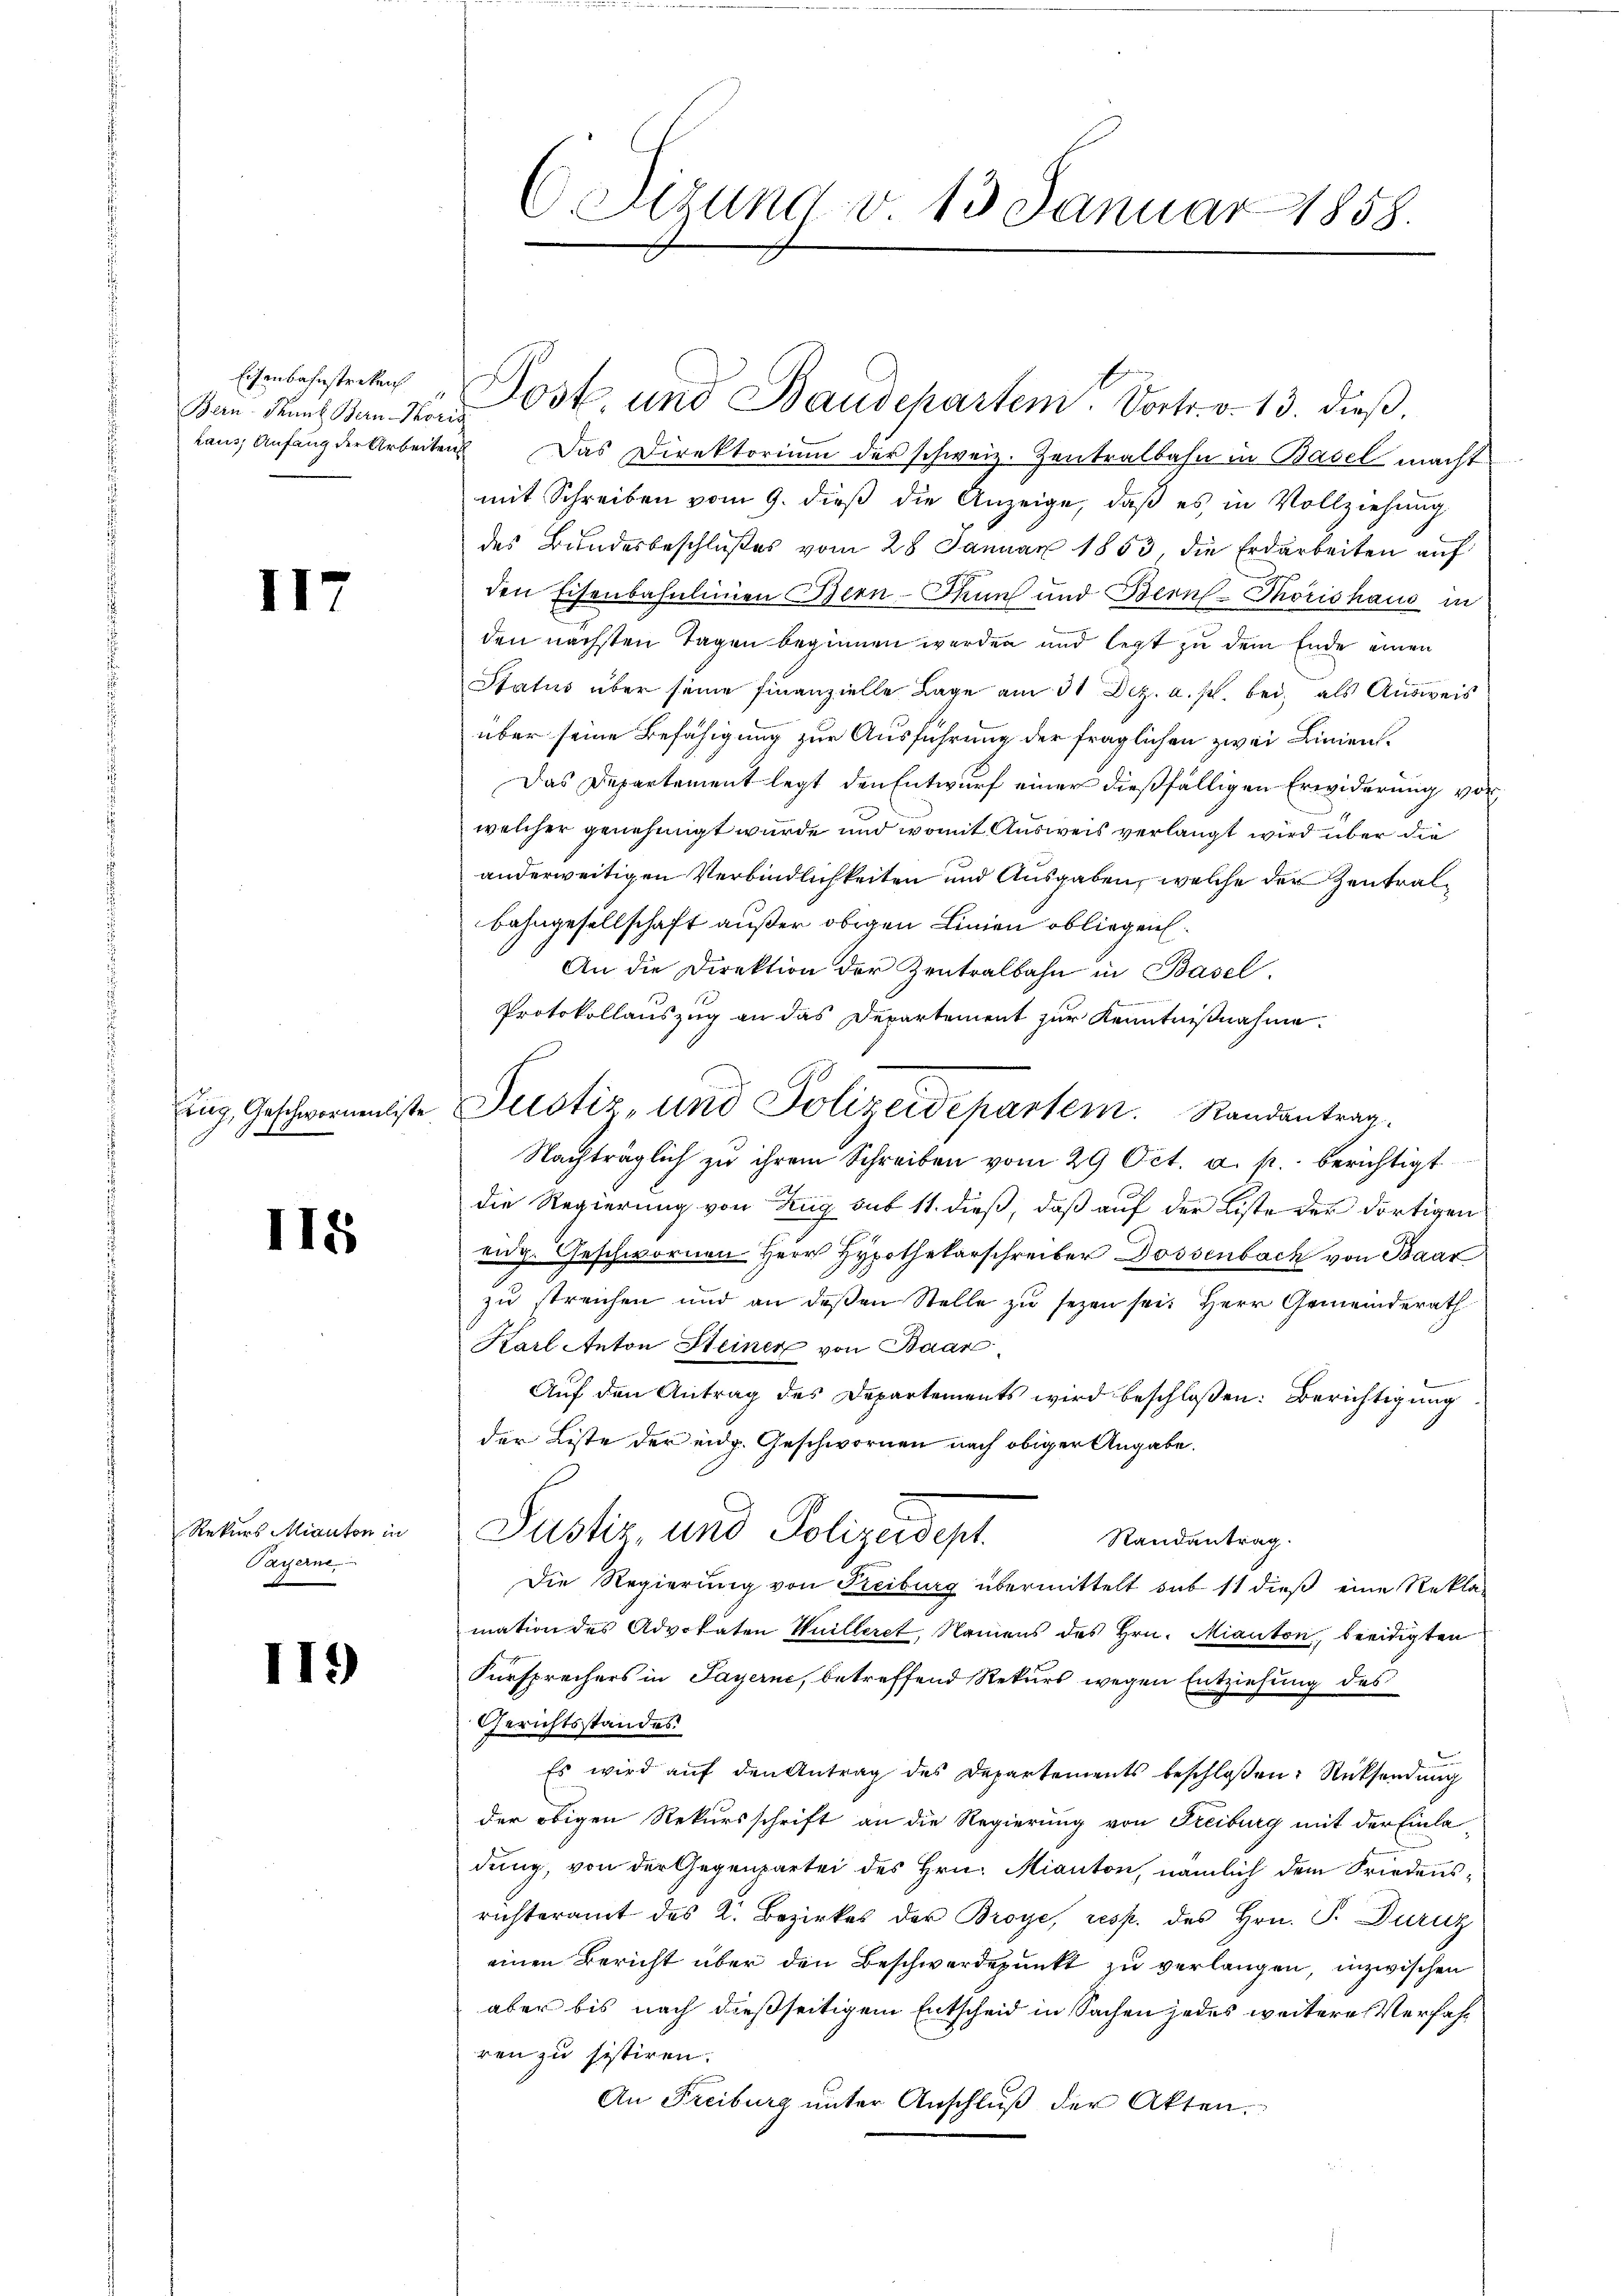
Eisenbahnstreken
Bern-Paunt Bern-Korr
laus, Anfang der Arbeiten

II7

15

II8

Rekurs Mianton in
Payerne
d

II9)

C. dirung d. 13 Januar 1858.

Post und Baudepartem Vortr. v. 13. dieß.

Zug, Geschwornaliste Justiz, und Polizeidepartem Randantrag.

u Das Direktorium der schweiz. Zentralbahn in Basel macht
mit Schreiben vom 9. dieß die Anzeige, daß es in Vollziehung
des Bundesbeschlußes vom 28 Januar 1853, die Erdarbeiten auf
den Eisenbahnlinien Bern-Punf und Bern Thorishaus in
den nächsten Tagen beginnen werden und letzt zu dem Ende einen
Status über seine finanzielle Lage am 31 Dez. a. p. bei, als Ausweis
über seine Befähigung zur Ausführung der fraglichen zwei Linien¬
Das Departement legt den Entwurf einer dießfälligen Erwiderung vorwelcher genehmigt wurde und womit Ausweis verlangt wird über die
anderweitigen Verbindlichkeiten und Ausgaben, welche der Zentralbahngesellschaft außer obigen Linien obliegen¬
An die Direktion der Zentralbahn in Basel.
Protokollauszug an das Departement zur Kenntnißnahme.
Nachträglich zu ihrem Schreiben vom 29 Oct. a. p. berichtigt
die Regierung von Zug sub 11. dieß, daß auf der Liste der dortigen
eidg. Geschwornen Herr Hypothekarschreiber Dossenbach von Baar
zu treichen und an deßen Stelle zu sezen sei. Herr Gemeinderath
Karl Anton Steiner von Baar

Auf den Antrag des Departements wird beschloßen: Berichtigung
der Liste der eidg. Geschwornen nach obiger Angabe.
Pustiz, und Polizeisept
Randantrag.
Die Regierung von Freiburg übermittelt sub 11 dieß eine Rekla-
mation des Advokaten Wuilleret, Namens des Hrn. Mianton, beeidigten
Fürsprechers in Payerne, betreffend Rekurs wegen Entziehung des
Gerichtsstandes
Es wird auf den Antrag des Departements beschloßen: Rücksendung
der obigen Rekursschrift an die Regierung von Freiburg mit der Einla-
dung, von der Gegenpartei des Hrn. Mianton, nämlich dem Friedensrichteramt des K. Bezirkes der Broye, resp. des Hrn. P. Duruz
einen Bericht über den Beschwerdepunkt zu verlangen, inzwischen
aber bis nach dießseitigem Entscheid in Sachen jedes weitere Verfahren zu sistiren.
An Freiburg unter Anschluß der Akten.